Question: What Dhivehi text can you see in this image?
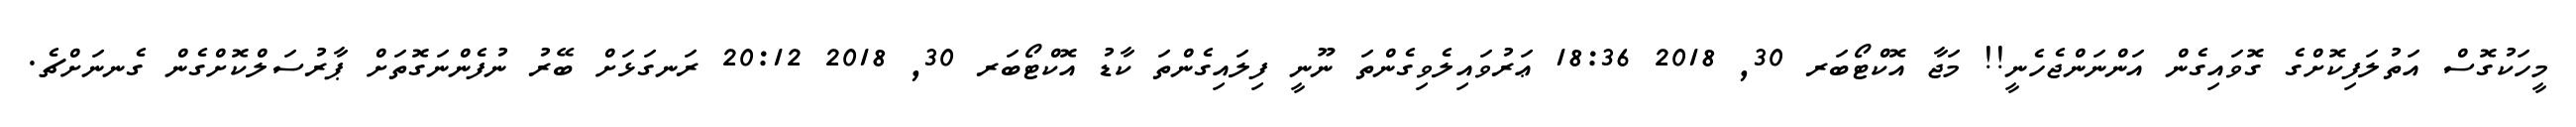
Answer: މީހަކުގޮސް އަތުލަފިކޮށްގެ ގޮވައިގެން އަންނަންޖެހެނީ!! މަޖާ އޮކްޓޯބަރ 30, 2018 18:36 ޢަރުވައިލެވިގެންތަ ނޫނީ ފިލައިގެންތަ ކާޑު އޮކްޓޯބަރ 30, 2018 20:12 ރަނގަޅަށް ބޭރު ނުފެންނަގޮތަށް ޕާރުސަލްކޮށްގެން ގެނނަށްޗެ.